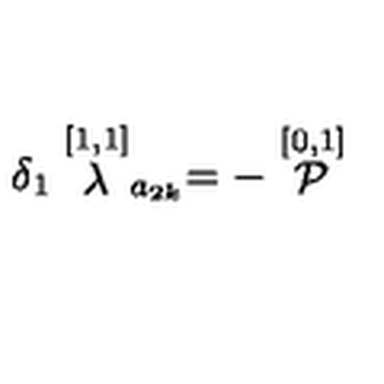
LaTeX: \delta _ { 1 } \stackrel { [ 1 , 1 ] } { \lambda } _ { a _ { 2 k } } = - \stackrel { [ 0 , 1 ] } { \cal P }